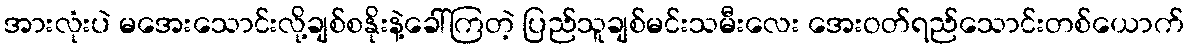
အားလုံးပဲ မအေးသောင်းလို့ချစ်စနိုးနဲ့ခေါ်ကြတဲ့ ပြည်သူချစ်မင်းသမီးလေး အေးဝတ်ရည်သောင်းတစ်ယောက်